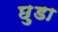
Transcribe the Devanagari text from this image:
छ़ुडा